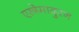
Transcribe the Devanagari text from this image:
एस्त्रेमादुरन